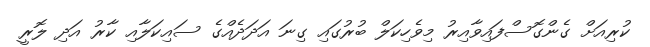
ކުރިއަށް ގެންގޮސްފައިވާއިރު މިވެހިކަލް ބުރުގައި ގިނަ އަދަދެއްގެ ސައިކަލާއި ކާރު އަދި ލޮރީ